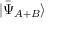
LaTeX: | { \bar { \Psi } } _ { A + B } \rangle